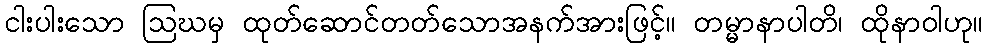
ငါးပါးသော ဩဃမှ ထုတ်ဆောင်တတ်သောအနက်အားဖြင့်။ တမ္မာနာပါတိ၊ ထိုနာဝါဟု။